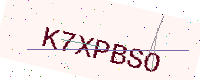
Text: K7XPBSO